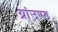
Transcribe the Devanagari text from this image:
ग्रांउण्ड